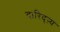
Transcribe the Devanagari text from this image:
दारिद्‌ऱ्य